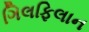
ગિલફિલાન